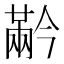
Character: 𰃬